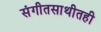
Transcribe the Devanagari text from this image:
संगीतसाथीतही